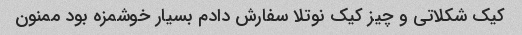
کیک شکلاتی و چیز کیک نوتلا سفارش دادم بسیار خوشمزه بود ممنون